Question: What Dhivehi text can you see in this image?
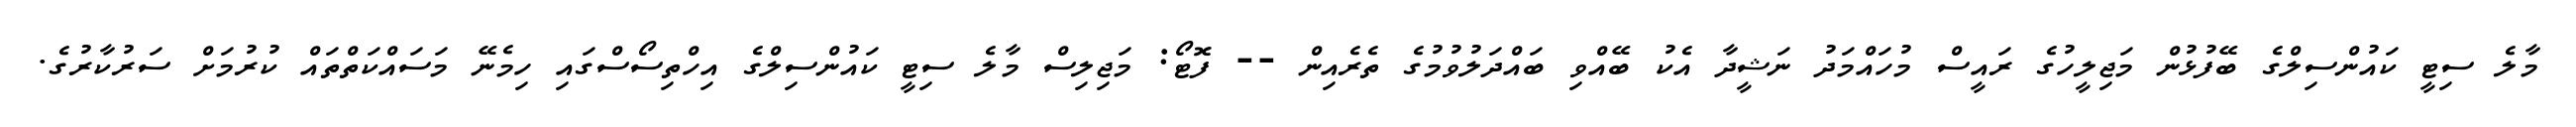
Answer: މާލެ ސިޓީ ކައުންސިލްގެ ބޭފުޅުން މަޖިލީހުގެ ރައީސް މުހައްމަދު ނަޝީދާ އެކު ބޭއްވި ބައްދަލުވުމުގެ ތެރެއިން -- ފޮޓޯ: މަޖިލިސް މާލެ ސިޓީ ކައުންސިލްގެ އިހްތިސޯސްގައި ހިމެނޭ މަސައްކަތްތައް ކުރުމަށް ސަރުކާރުގެ.